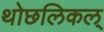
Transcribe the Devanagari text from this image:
थोछलिकल्